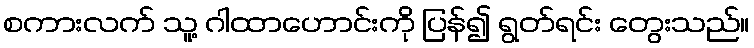
စကားလက် သူ့ ဂါထာဟောင်းကို ပြန်၍ ရွတ်ရင်း တွေးသည်။